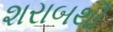
શરાબથી